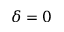
\delta = 0